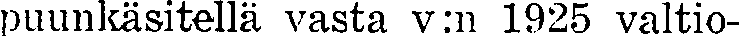
puunkäsitellä vasta v:n 1925 valtio-